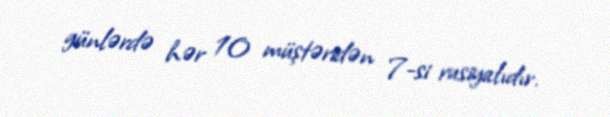
günlərdə hər 10 müştəridən 7-si rusiyalıdır.